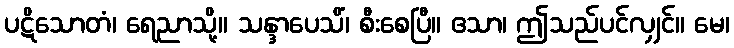
ပဋိသောတံ၊ ရေညာသို့။ သန္ဒာပေသိံ၊ စီးစေပြီ။ ဧသာ၊ ဤသည်ပင်လျှင်။ မေ၊